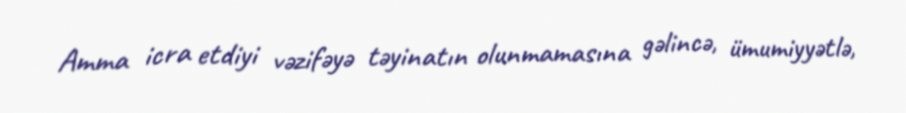
Amma icra etdiyi vəzifəyə təyinatın olunmamasına gəlincə, ümumiyyətlə,